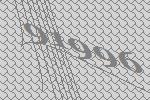
91996